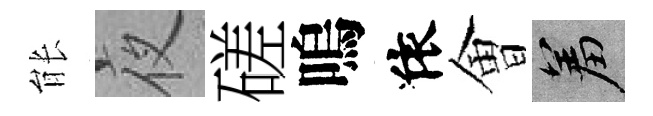
䏻夜磋嗚依㑹羞